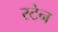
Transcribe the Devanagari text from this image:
स्‍टेन